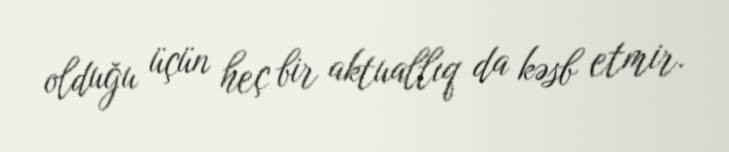
olduğu üçün heç bir aktuallıq da kəsb etmir.